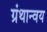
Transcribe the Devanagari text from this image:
ग्रंथान्वय